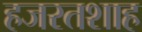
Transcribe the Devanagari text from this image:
हजरतशाह